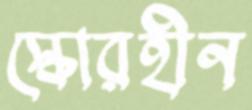
স্কোরহীন